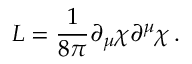
{ \cal L } = \frac { 1 } { 8 \pi } \partial _ { \mu } \chi \partial ^ { \mu } \chi \, .